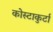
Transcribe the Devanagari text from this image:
कोस्टाकुर्टा